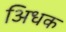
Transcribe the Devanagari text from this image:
अिधक